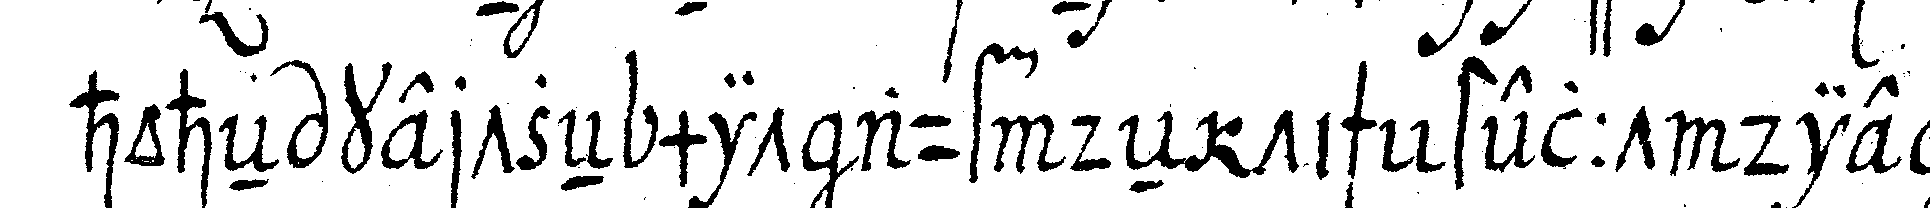
hoheN kertzeN mit auf deN tisch stellt die